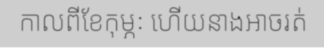
កាលពីខែកុម្ភៈ ហើយនាងអាចរត់